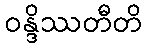
ဝန္ဒိဿတီတိ